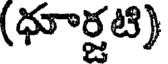
(ధూర్జటి)